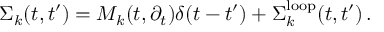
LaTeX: \Sigma _ { k } ( t , t ^ { \prime } ) = { \cal M } _ { k } ( t , \partial _ { t } ) \delta ( t - t ^ { \prime } ) + \Sigma _ { k } ^ { \mathrm { l o o p } } ( t , t ^ { \prime } ) \, .